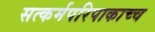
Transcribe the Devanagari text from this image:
सत्कर्मपरिपाकाच्च